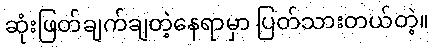
ဆုံးဖြတ်ချက်ချတဲ့နေရာမှာ ပြတ်သားတယ်တဲ့။